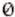
0